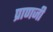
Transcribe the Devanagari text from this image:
प्राणजी